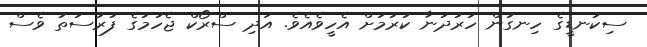
ސިކުނޑީގެ ހިނގުން ހަރުދަނާ ކުރުމަށް އެހީވެއެވެ. އަދި ސްރޯކް ޖެހުމުގެ ފުރުސަތު ވެސް